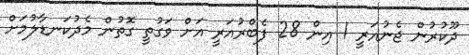
ދޫކުރުން ޖެނުއަރީ 1 އިން 28 ފެބްރުއަރީ އަށް ވަގުތީ ގޮތުން މެދުކަނޑާލުމަށް